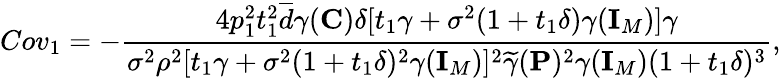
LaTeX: Cov_{1}=-\frac{4p_{1}^{2}t_{1}^{2}\overline{{d}}\gamma({\mathbf{C}})\delta[t_{1}\gamma+\sigma^{2}(1+t_{1}\delta)\gamma({\mathbf{I}}_{M})]\gamma}{\sigma^{2}\rho^{2}[t_{1}\gamma+\sigma^{2}(1+t_{1}\delta)^{2}\gamma({\mathbf{I}}_{M})]^{2}\widetilde{\gamma}({\mathbf{P}})^{2}\gamma({\mathbf{I}}_{M})(1+t_{1}\delta)^{3}},